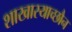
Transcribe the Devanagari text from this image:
शाखास्याच्छौन